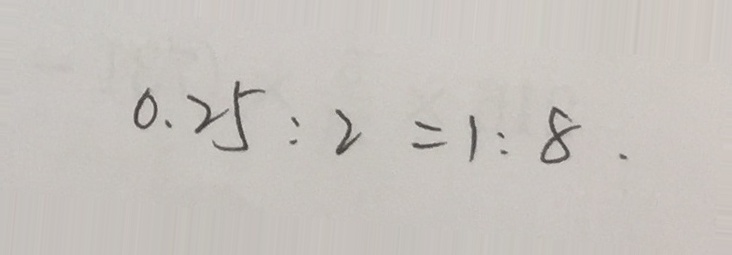
0 . 2 5 : 2 = 1 : 8